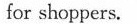
for shoppers.